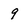
Character: 9